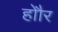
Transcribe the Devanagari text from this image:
होौर